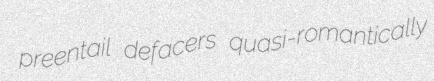
preentail defacers quasi-romantically